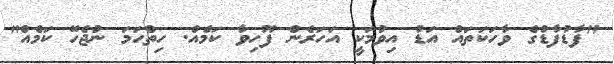
"ފާޑުފާޑުގެ ވާހަކަތައް އަޑު އިވުމަކީ އަހަރެން ފޫހިވާ ކަމެއް. ހިތްހަމަ ނުޖެހޭ ކަމެއް"